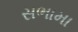
સભામા